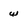
Character: w